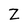
Character: Z